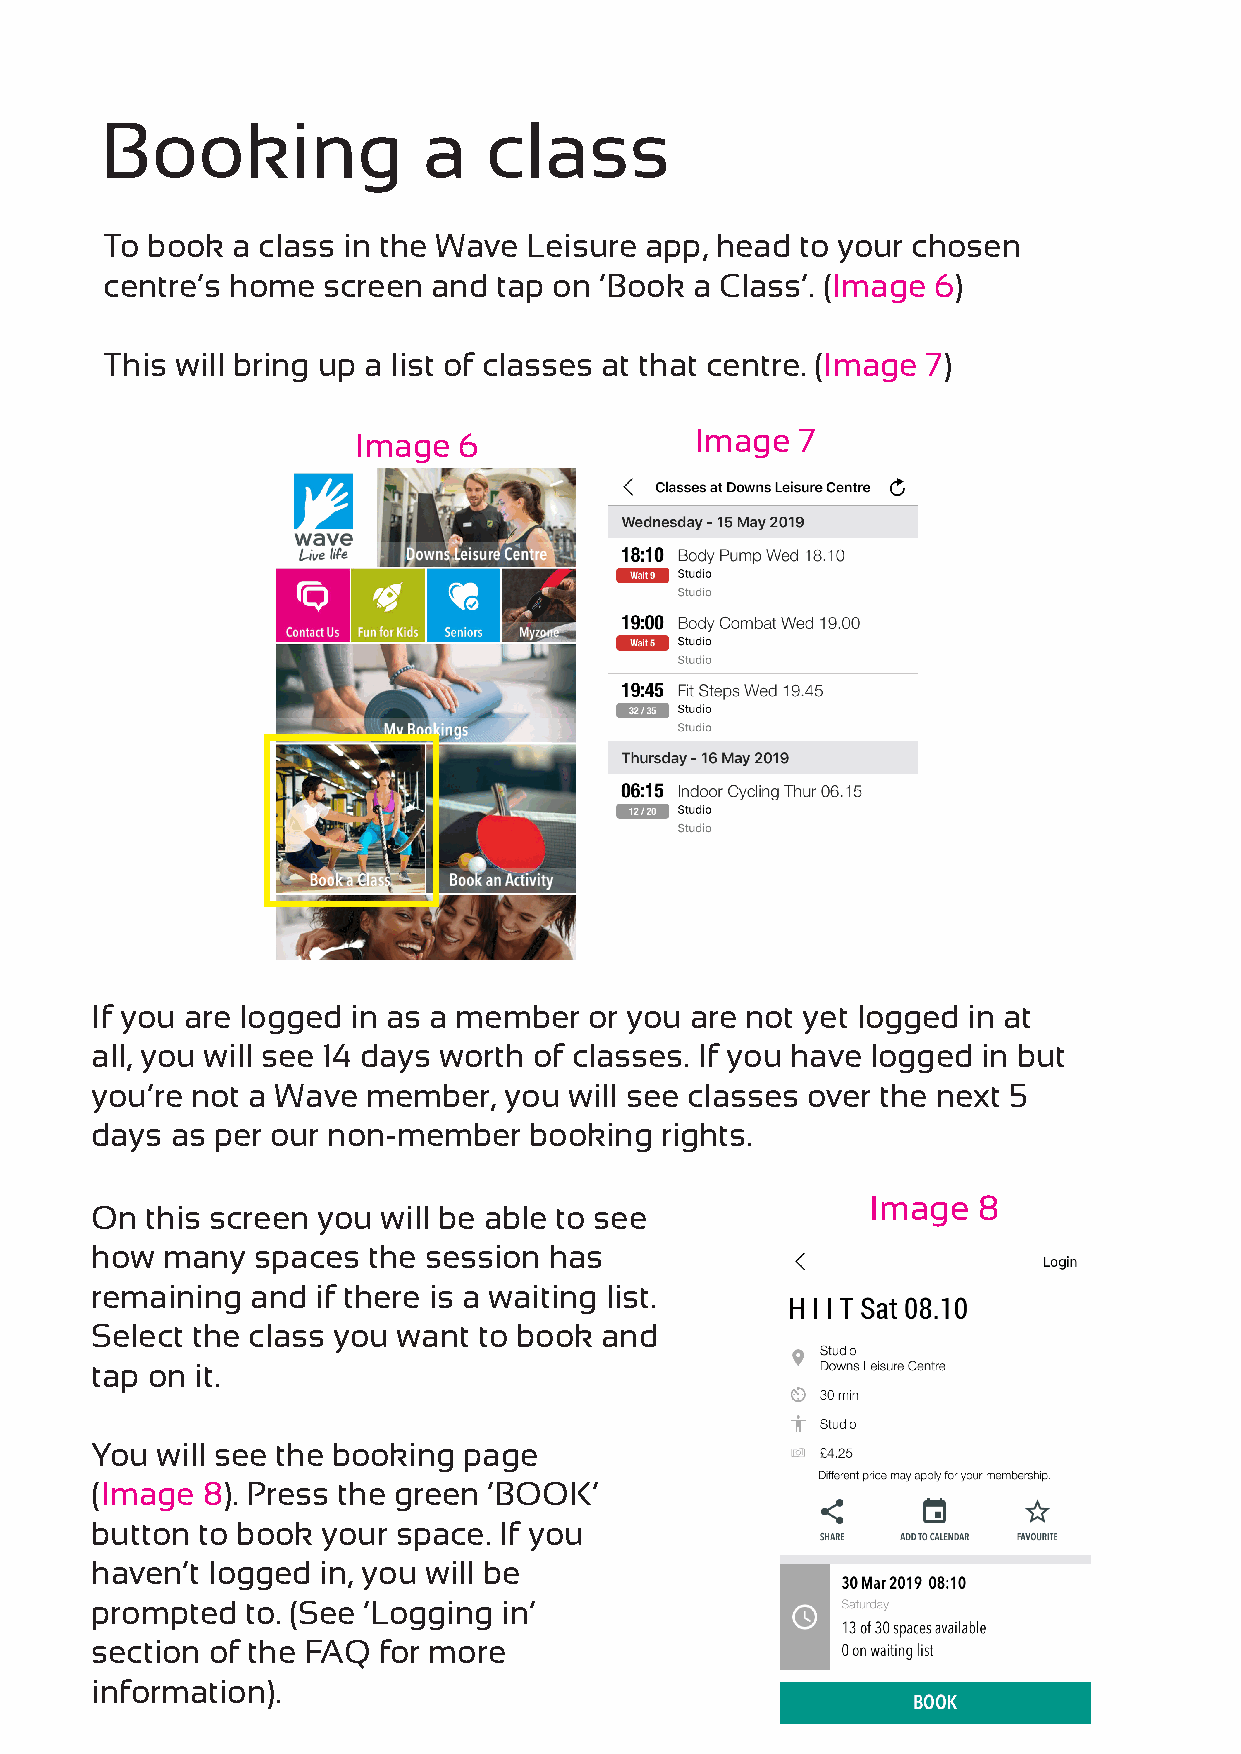
Booking              a   class
 To book a class in the Wave Leisure app, head to your chosen
 centre’s home screen  and tap on ‘Book a Class’. (Image 6)
 This will bring up a list of classes at that centre. (Image 7)
 Image  6               Image  7
 If you are logged in as a member or you are not yet logged in at
 all, you will see 14 days worth of classes. If you have logged in but
 you’re not a Wave member,  you  will see classes over the next 5
 days as per our non-member   booking  rights.
 Image  8
 On  this screen you will be able to see
 how  many  spaces the session has
 remaining  and if there is a waiting list.
 Select the class you want to book and
 tap on it.
 You will see the booking page
 (Image 8). Press the green ‘BOOK’
 button to book your space. If you
 haven’t logged in, you will be
 prompted  to. (See ‘Logging in’
 section of the FAQ for more
 information).